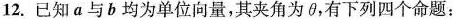
12.已知a与b均为单位向量，其夹角为\theta，有下列四个命题：